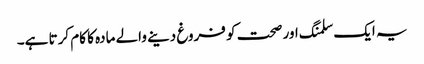
یہ ایک سلمنگ اور صحت کو فروغ دینے والے مادہ کا کام کرتا ہے۔